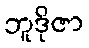
ဘူဒိုဇာ